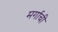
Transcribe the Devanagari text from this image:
मर्गाची